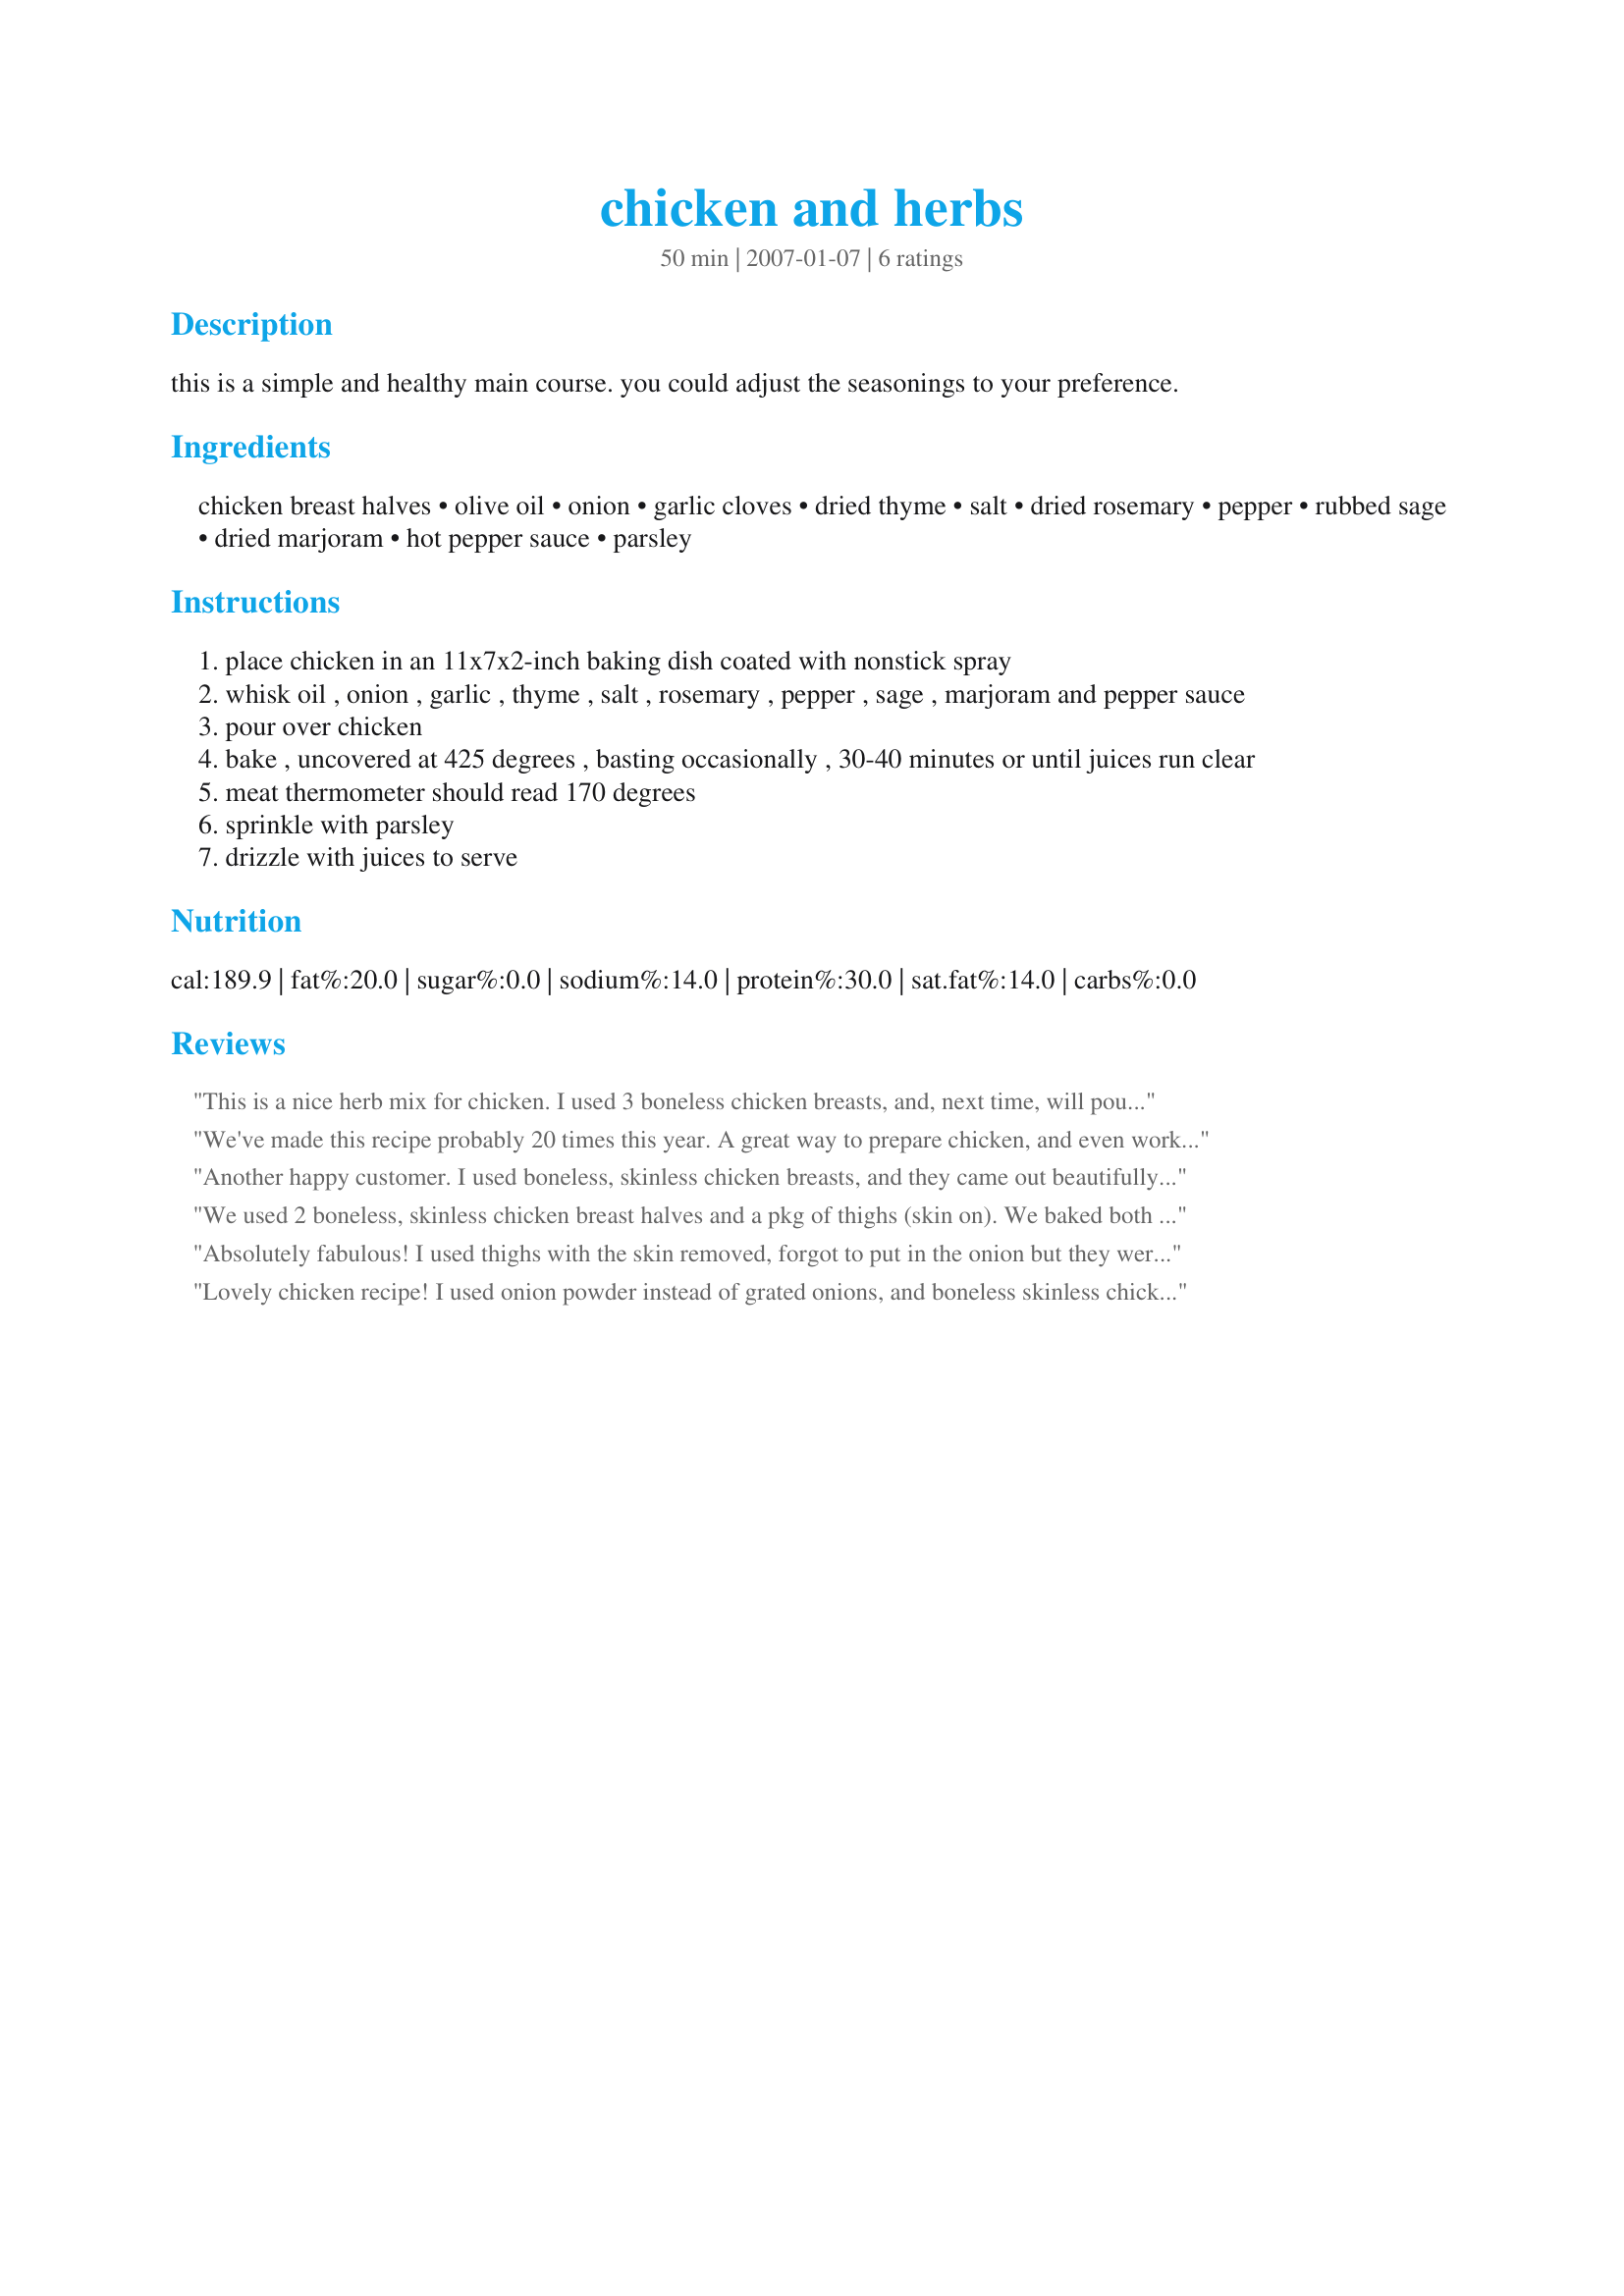
chicken and herbs
Preparation time: 50 minutes

this is a simple and healthy main course. you could adjust the seasonings to your preference.

Ingredients:
chicken breast halves, olive oil, onion, garlic cloves, dried thyme, salt, dried rosemary, pepper, rubbed sage, dried marjoram, hot pepper sauce, parsley

Steps:
place chicken in an 11x7x2-inch baking dish coated with nonstick spray
whisk oil , onion , garlic , thyme , salt , rosemary , pepper , sage , marjoram and pepper sauce
pour over chicken
bake , uncovered at 425 degrees , basting occasionally , 30-40 minutes or until juices run clear
meat thermometer should read 170 degrees
sprinkle with parsley
drizzle with juices to serve

Reviews:
This is a nice herb mix for chicken. I used 3 boneless chicken breasts, and, next time, will pound thin so it can cook in the time recommended, without drying out. Another idea for next time would be to bake the chicken for 20 minutes first with all of the spices, and then add the minced garlic. I made the recipe as is, and the garlic burned on the chicken. Thanks for posting.
We've made this recipe probably 20 times this year. A great way to prepare chicken, and even works great on boneless breasts right out of the freezer
Another happy customer. I used boneless, skinless chicken breasts, and they came out beautifully -- meat wasn't too dry. The flavor was wonderful, and it couldn't be easier to prepare. I used dried minced onions instead of grated onions because I was in a rush; I don't think it adversely affected the outcome. (Of course I used fresh garlic!) This is a keeper; it's nice to find an oven-baked recipe that doesn't involve any kind of cheese. Thanks for posting this!
We used 2 boneless, skinless chicken breast halves and a pkg of thighs (skin on). We baked both for the same time and the breasts did not come out dry at all. In fact, I felt it was better on the skinless breasts. I could taste the flavor more and the skin on the thighs wasn't crispy enough. Didn't use the hot pepper sauce, but may try it next time. Also used garlic powder instead of cloves. Husband baked them, so not sure how long they were baked. But they turned out well.
Absolutely fabulous! I used thighs with the skin removed, forgot to put in the onion but they were so delicious I never missed the onion. Very flavorful and the amount of the flavor mix was dead on perfect for the two thighs. I would make more of it if using the breasts (the thighs were on the small side) and you really don't want to skimp on this great seasoning. I baked them at 400 for 25 to 30 mins and they were well done yet quite moist. Thank you Sweety for a real treat.
Lovely chicken recipe! I used onion powder instead of grated onions, and boneless skinless chicken breasts. The chicken was very moist and flavorful. I wasn't sure about the hot sauce but it was a great addition. Thanks for sharing the recipe!
